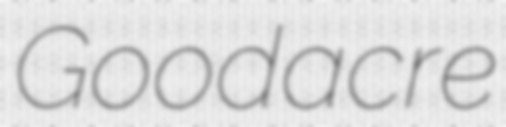
Goodacre